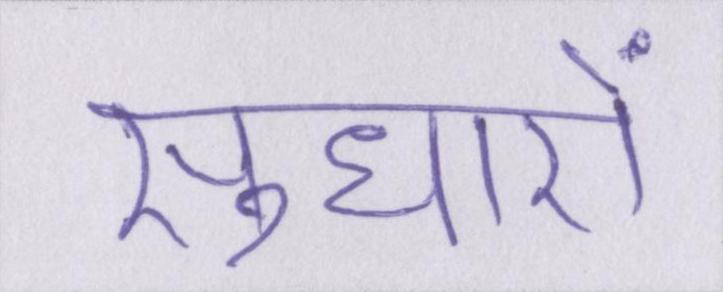
सुधारों